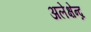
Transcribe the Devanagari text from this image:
अलेक्षेन्द्र